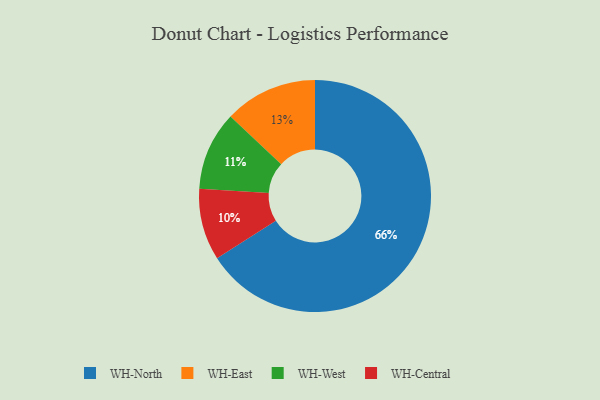
{"axis": {"x": "Category", "y": "Percentage"}, "legend": ["WH-Central", "WH-East", "WH-North", "WH-West"], "data": [{"x": "WH-East", "y": 13, "type": "WH-East"}, {"x": "WH-North", "y": 66, "type": "WH-North"}, {"x": "WH-West", "y": 11, "type": "WH-West"}, {"x": "WH-Central", "y": 10, "type": "WH-Central"}]}